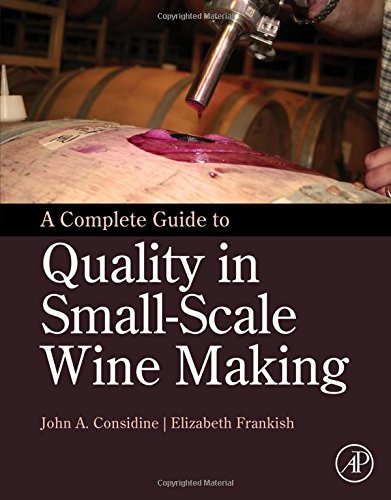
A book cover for A Complete Guide to Quality in Small-Scale Wine Making; John Anthony Considine; Science & Math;